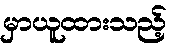
မှာယူထားသည့်